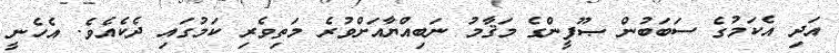
އަދި އެކަމުގެ ސަބަބުން ޞޫފީންގެ މަޤާމު ނަބިއްޔާއަށްވުރެ މަތިވެރި ކަމުގައި ދެކެއެވެ. އެހެނީ